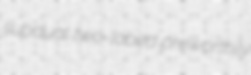
subdual two-lobed preworthily